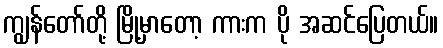
ကျွန်တော်တို့ မြို့မှာတော့ ကားက ပို အဆင်ပြေတယ်။